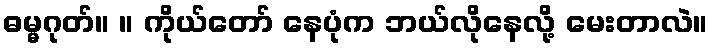
ဓမ္မဂုတ်။ ။ ကိုယ်တော် နေပုံက ဘယ်လိုနေလို့ မေးတာလဲ။